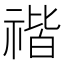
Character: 𥚺